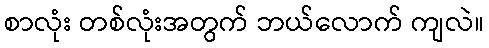
စာလုံး တစ်လုံးအတွက် ဘယ်လောက် ကျလဲ။